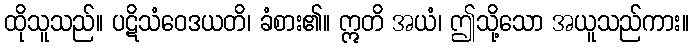
ထိုသူသည်။ ပဋိသံဝေဒယတိ၊ ခံစား၏။ ဣတိ အယံ၊ ဤသို့သော အယူသည်ကား။